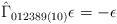
LaTeX: \begin{align*}\hat{\Gamma}_{012389(10)} \epsilon = -\epsilon\end{align*}